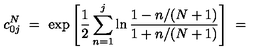
c _ { 0 j } ^ { N } \ = \ \exp \left[ \frac { 1 } { 2 } \sum _ { n = 1 } ^ { j } \ln \frac { 1 - n / ( N + 1 ) } { 1 + n / ( N + 1 ) } \right] \ = \